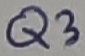
Text: Q3